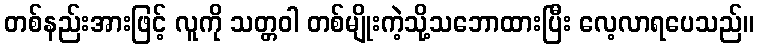
တစ်နည်းအားဖြင့် လူကို သတ္တဝါ တစ်မျိုးကဲ့သို့သဘောထားပြီး လေ့လာရပေသည်။